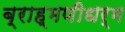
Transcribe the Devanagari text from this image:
ब्राह्मणीधर्म